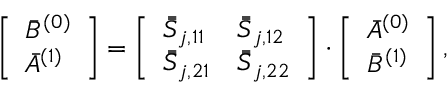
\left[ \begin{array} { l } { \bar { B } ^ { ( 0 ) } } \\ { \bar { A } ^ { ( 1 ) } } \end{array} \right] = \left[ \begin{array} { l l } { \bar { \bar { S } } _ { j , 1 1 } } & { \bar { \bar { S } } _ { j , 1 2 } } \\ { \bar { \bar { S } } _ { j , 2 1 } } & { \bar { \bar { S } } _ { j , 2 2 } } \end{array} \right] \cdot \left[ \begin{array} { l } { \bar { A } ^ { ( 0 ) } } \\ { \bar { B } ^ { ( 1 ) } } \end{array} \right] ,